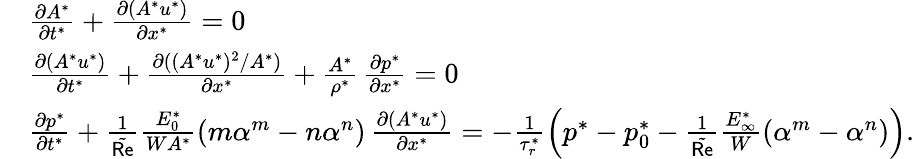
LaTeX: \begin{array}{rl}&{\frac{\partial A^{*}}{\partial t^{*}}+\frac{\partial(A^{*}u^{*})}{\partial x^{*}}=0}\\ &{\frac{\partial(A^{*}u^{*})}{\partial t^{*}}+\frac{\partial((A^{*}u^{*})^{2}/A^{*})}{\partial x^{*}}+\frac{A^{*}}{\rho^{*}}\, \frac{\partial p^{*}}{\partial x^{*}}=0}\\ &{\frac{\partial p^{*}}{\partial t^{*}}+\frac 1{\tilde{\mathsf{Re}}}\frac{E_{0}^{*}}{WA^{*}}\left(m\alpha^{m}-n\alpha^{n}\right)\, \frac{\partial(A^{*}u^{*})}{\partial x^{*}}=-\frac{1}{\tau_{r}^{*}}\left(p^{*}-p_{0}^{*}-\frac 1{\tilde{\mathsf{Re}}}\frac{E_{\infty}^{*}}{W}\left(\alpha^{m}-\alpha^{n}\right)\right).}\end{array}